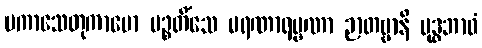
ပကာသေတုကာမော ပဉ္စတိံသေ မရဏာရမ္မဏာ ဉာတဗ္ဗာနိ ဗုဒ္ဓဘာဝံ